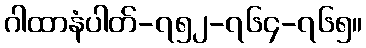
ဂါထာနံပါတ်-၇၅၂-၇၆၄-၇၆၅။